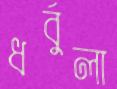
ধর্বুলা